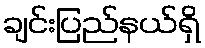
ချင်းပြည်နယ်ရှိ